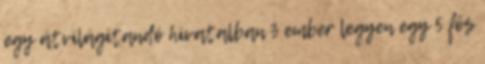
egy átvilágítandó hivatalban 3 ember legyen egy 5 fős